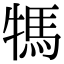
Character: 𤚴